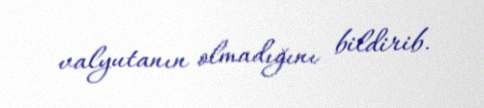
valyutanın olmadığını bildirib.